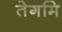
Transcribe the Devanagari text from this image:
तेगमि